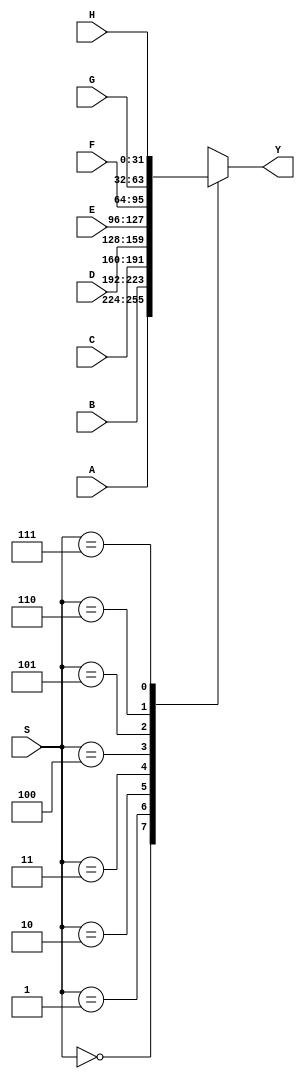
//---------------------Mux 8x1 32bit----------------------
module mux_8x1_32bit (Y, S, A, B, C, D, E, F, G, H);
	
	//Inputs
	input wire [31:0] A,B,C,D,E,F,G,H;
	input wire [2:0] S;

	//Outputs
	output reg [31:0] Y;


	//Test for selection bit
	always @ (S,A,B,C,D,E,F,G,H)

	case(S)
		3'b000:	Y=A;
		3'b001:	Y=B;
		3'b010:	Y=C;
		3'b011:	Y=D;
		3'b100:	Y=E;
		3'b101:	Y=F;
		3'b110:	Y=G;
		3'b111:	Y=H;

	endcase // S

endmodule // mux_8x1_32bit